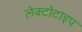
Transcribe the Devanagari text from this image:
लेक्टोटाइप